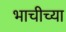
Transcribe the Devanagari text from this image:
भाचीच्या